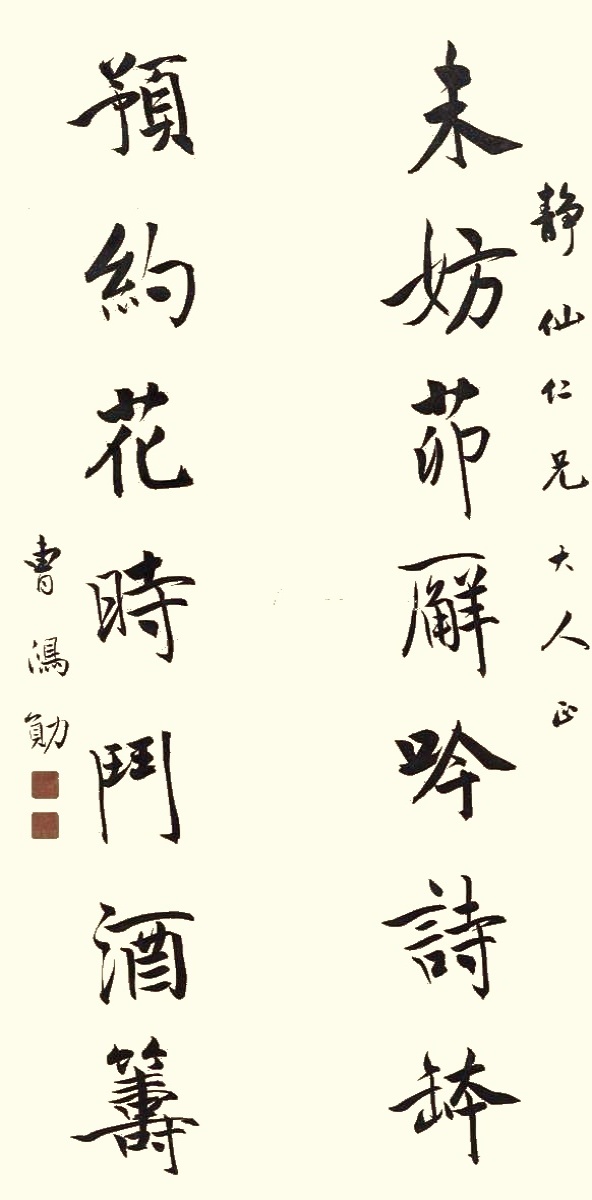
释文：未妨茅廨吟诗钵，预约花时斗酒筹。静仙仁兄大人正，曹鸿勋。